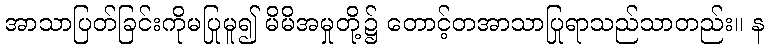
အာသာပြတ်ခြင်းကိုမပြုမူ၍ မိမိအမှုတို့၌ တောင့်တအာသာပြုရာသည်သာတည်း။ န